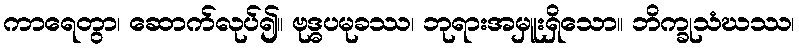
ကာရေတွာ၊ ဆောက်လုပ်၍။ ဗုဒ္ဓပမုခဿ၊ ဘုရားအမှူးရှိသော။ ဘိက္ခုသံဃဿ၊